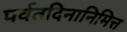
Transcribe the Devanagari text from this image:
पर्वतदिनानिमित्त